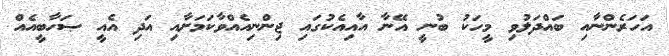
އަހަރެންނާއި ބައްދަލުވި މީހަކު ބުނީ އޭނާ އާއިއެކުގައި ޖިންނިއެއްވާކަމަށާއި އަދި އެއީ ޞަހާބީއެއް